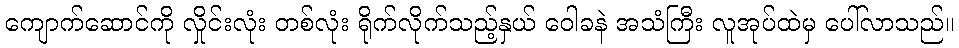
ကျောက်ဆောင်ကို လှိုင်းလုံး တစ်လုံး ရိုက်လိုက်သည့်နှယ် ဝေါခနဲ အသံကြီး လူအုပ်ထဲမှ ပေါ်လာသည်။